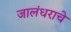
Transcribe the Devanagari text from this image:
जालंधराचे